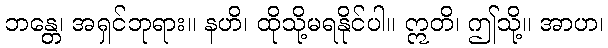
ဘန္တေ၊ အရှင်ဘုရား။ နဟိ၊ ထိုသို့မရနိုင်ပါ။ ဣတိ၊ ဤသို့။ အာဟ၊